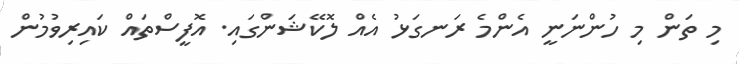
މި ތަން މި ހުންނަނީ އެންމެ ރަނގަޅު އެއް ލޮކޭޝަންގައި. އޮފީސްތައް ކައިރިވުމުން